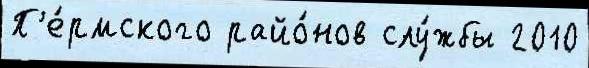
П'е́рмского райо́нов слу́жбы 2010